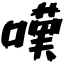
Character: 嘆